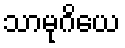
သာမုဂိယေ